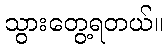
သွားတွေ့ရတယ်။